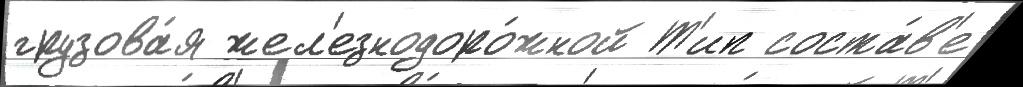
грузова́я жел'езнодоро́жной Т'ип соста́в'е